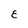
Character: E